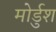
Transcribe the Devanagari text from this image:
मोर्डुश